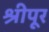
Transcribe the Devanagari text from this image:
श्रीपूर